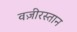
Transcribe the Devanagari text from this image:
वज़ीरस्तान